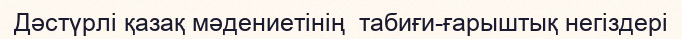
Дәстүрлі қазақ мәдениетінің  табиғи-ғарыштық негіздері